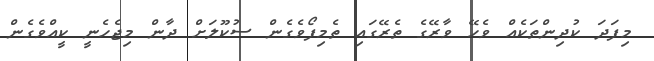
މިފަދަ ކުދިންތަކެއް ވެހޭ ވާރޭގެ ތެރޭގައި ތެމިފޯވެގެން ސުކޫލަށް ދާން މިޖެހެނީ ކީއްވެގެން